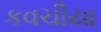
કવચીયા